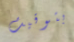
بتوقيت